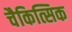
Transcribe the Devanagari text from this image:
चैकित्सिक